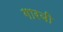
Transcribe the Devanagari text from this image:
गारबी